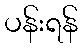
ပန်းရန်